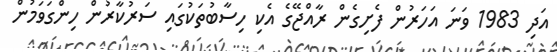
އަދި 1983 ވަނަ އަހަރުން ފެށިގެން ރާއްޖޭގެ އެކި ހިސާބުތަކުގައި ސަރުކާރުން ހިންގަވަމުން